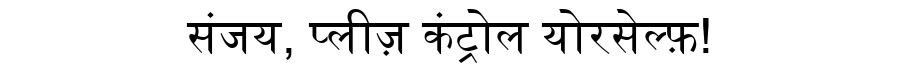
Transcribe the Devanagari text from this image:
संजय, प्लीज़ कंट्रोल योरसेल्फ़!